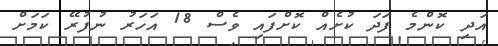
އަދި ކޮންމެ ފަދަ ކުށެއް ކޮށްފައި ވެސް 18 އަހަރު ނުފުރޭ ކަމަށް